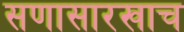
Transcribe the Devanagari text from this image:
सणासारखाच